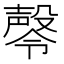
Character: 㲆